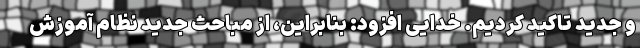
و جدید تاکید کردیم. خدایی افزود: بنابراین، از مباحث جدید نظام آموزش